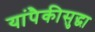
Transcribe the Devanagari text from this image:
यांपैकीसुद्धा